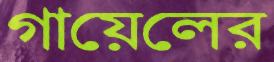
গায়েলের